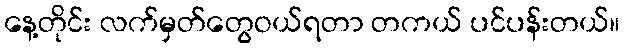
နေ့တိုင်း လက်မှတ်တွေဝယ်ရတာ တကယ် ပင်ပန်းတယ်။